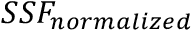
S S F _ { n o r m a l i z e d }